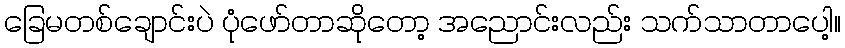
ခြေမတစ်ချောင်းပဲ ပုံဖော်တာဆိုတော့ အညောင်းလည်း သက်သာတာပေါ့။